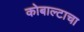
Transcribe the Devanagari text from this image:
कोबाल्टाचा